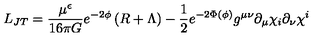
L _ { J T } = \frac { \mu ^ { \epsilon } } { 1 6 \pi G } e ^ { - 2 \phi } \left( R + \Lambda \right) - { \frac { 1 } { 2 } } e ^ { - 2 \Phi ( \phi ) } g ^ { \mu \nu } \partial _ { \mu } \chi _ { i } \partial _ { \nu } \chi ^ { i }